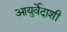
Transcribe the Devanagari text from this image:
आयुर्वेदाशी